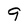
Character: 9